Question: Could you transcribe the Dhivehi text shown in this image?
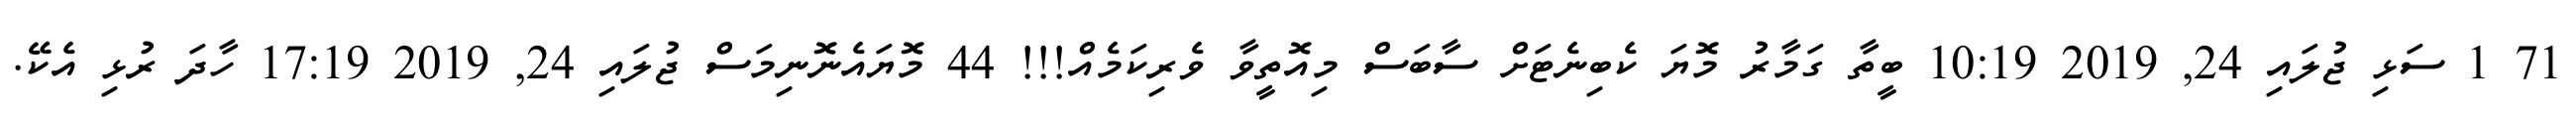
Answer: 71 1 ސަޅި ޖުލައި 24, 2019 10:19 ބީތާ ގަމާރު މޮޔަ ކެބިނެޓަށް ސާބަސް މިއޮތީވާ ވެރިކަމެއް!!! 44 މޮޔައެނޮނިމަސް ޖުލައި 24, 2019 17:19 ހާދަ ރުޅި އެކޭ.